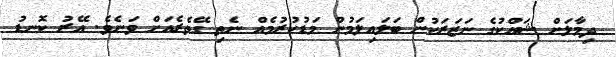
ދިމާލަށް ޝައްކުގެ ނަޒަރަކުން ބަލައިލަމުން މަޑުކުރުމެއް ނެތި ގޭތެރެއަށް ވަނެވެ. އޭރު ކޮނޑު